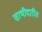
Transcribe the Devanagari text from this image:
साथीदारीत